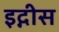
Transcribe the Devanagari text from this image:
इद्गीस